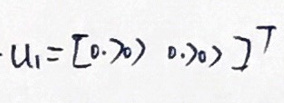
$u _ { 1 } = [ 0. 7 0 0. 7 0 ] ^ { T }$